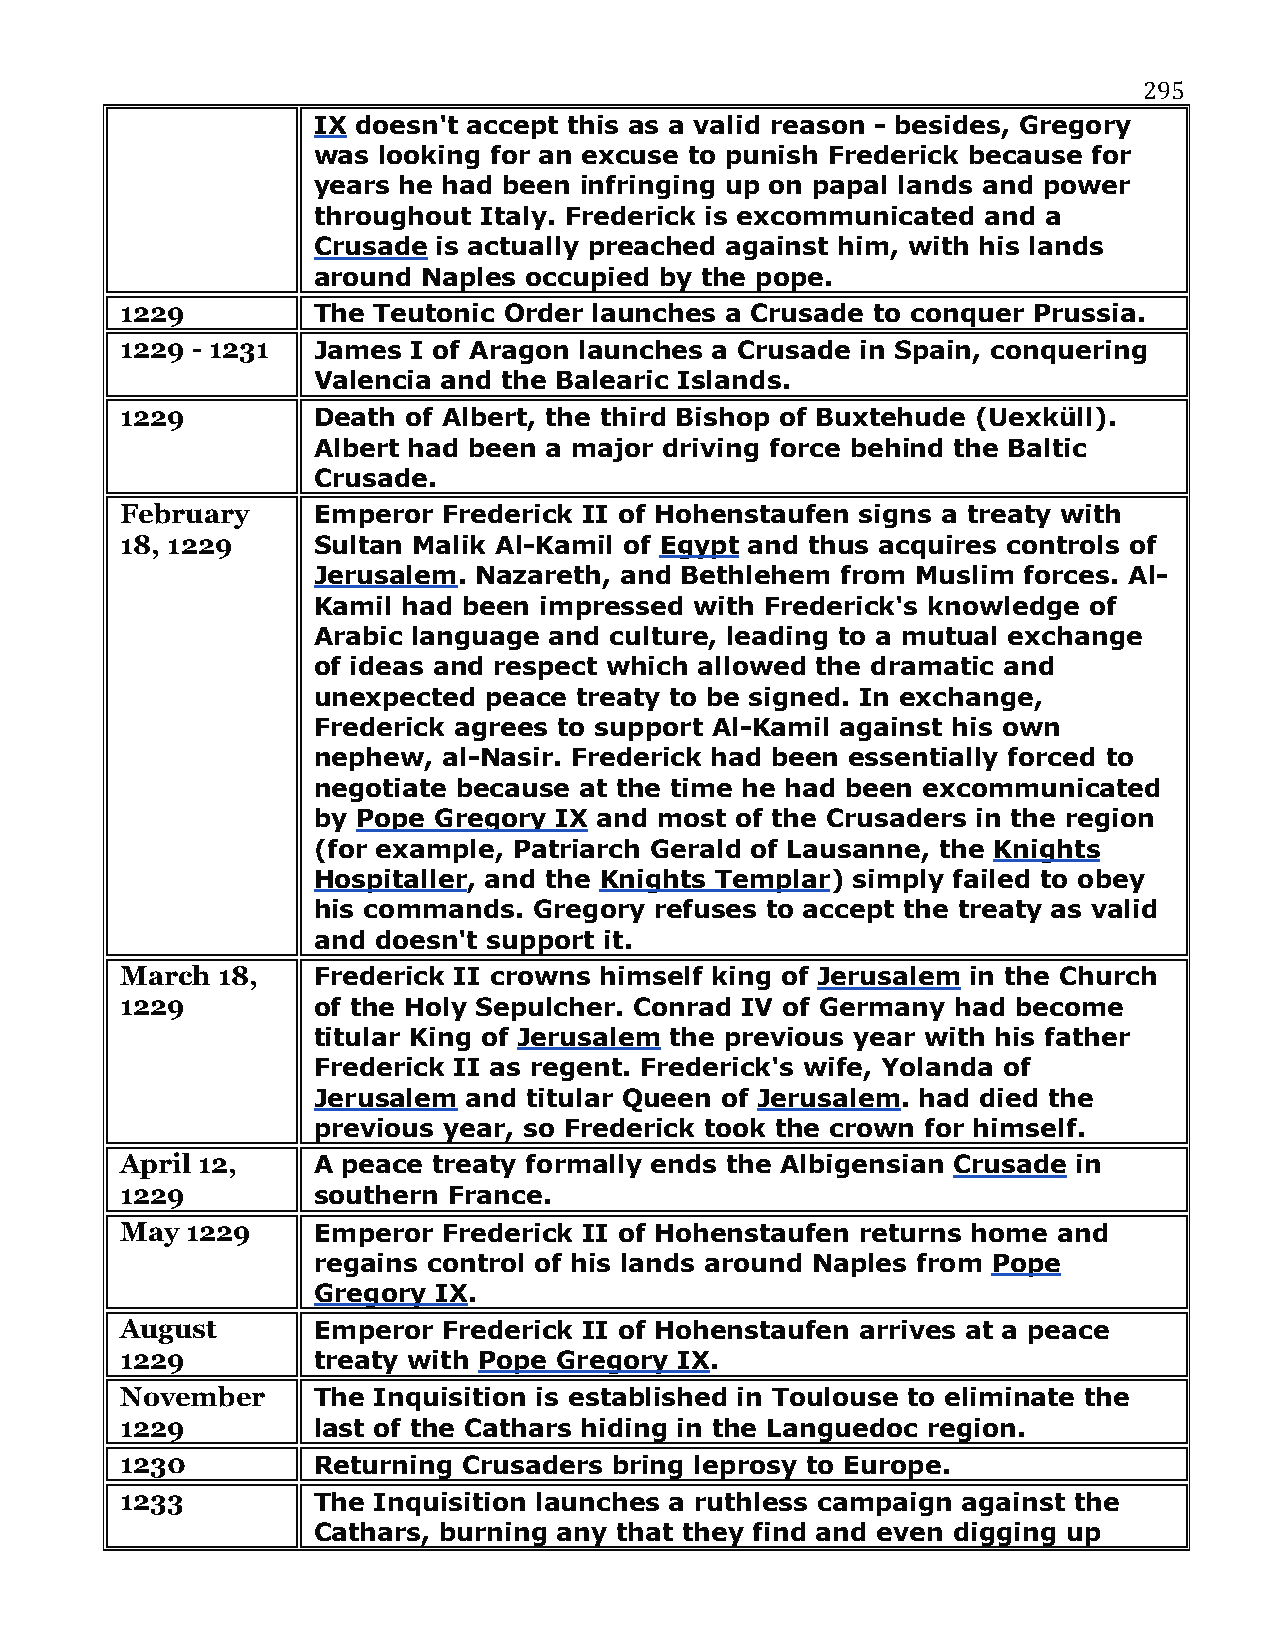
295
 IX doesn't accept this as a valid reason - besides, Gregory
 was looking for an excuse to punish Frederick because for
 years he had been infringing up on papal lands and power
 throughout Italy. Frederick is excommunicated and a
 Crusade is actually preached against him, with his lands
 around Naples occupied by the pope.
 1229         The Teutonic Order launches a Crusade to conquer Prussia.
 1229 - 1231  James I of Aragon launches a Crusade in Spain, conquering
 Valencia and the Balearic Islands.
 1229         Death of Albert, the third Bishop of Buxtehude (Uexküll).
 Albert had been a major driving force behind the Baltic
 Crusade.
 February     Emperor Frederick II of Hohenstaufen signs a treaty with
 18, 1229     Sultan Malik Al-Kamil of Egypt and thus acquires controls of
 Jerusalem. Nazareth, and Bethlehem from Muslim forces. Al-
 Kamil had been impressed with Frederick's knowledge of
 Arabic language and culture, leading to a mutual exchange
 of ideas and respect which allowed the dramatic and
 unexpected peace treaty to be signed. In exchange,
 Frederick agrees to support Al-Kamil against his own
 nephew, al-Nasir. Frederick had been essentially forced to
 negotiate because at the time he had been excommunicated
 by Pope Gregory IX and most of the Crusaders in the region
 (for example, Patriarch Gerald of Lausanne, the Knights
 Hospitaller, and the Knights Templar) simply failed to obey
 his commands. Gregory refuses to accept the treaty as valid
 and doesn't support it.
 March 18,    Frederick II crowns himself king of Jerusalem in the Church
 1229         of the Holy Sepulcher. Conrad IV of Germany had become
 titular King of Jerusalem the previous year with his father
 Frederick II as regent. Frederick's wife, Yolanda of
 Jerusalem and titular Queen of Jerusalem. had died the
 previous year, so Frederick took the crown for himself.
 April 12,    A peace treaty formally ends the Albigensian Crusade in
 1229         southern France.
 May 1229     Emperor Frederick II of Hohenstaufen returns home and
 regains control of his lands around Naples from Pope
 Gregory IX.
 August       Emperor Frederick II of Hohenstaufen arrives at a peace
 1229         treaty with Pope Gregory IX.
 November     The Inquisition is established in Toulouse to eliminate the
 1229         last of the Cathars hiding in the Languedoc region.
 1230         Returning Crusaders bring leprosy to Europe.
 1233         The Inquisition launches a ruthless campaign against the
 Cathars, burning any that they find and even digging up